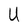
Character: U